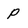
Character: P